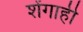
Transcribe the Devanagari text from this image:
शेंगाही